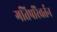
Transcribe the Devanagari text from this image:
गतिपरिवर्तन